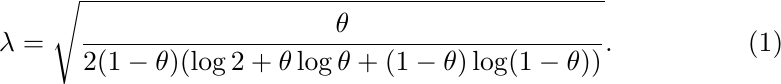
\begin{equation}
\label{thetaha}
\lambda = \sqrt{\frac{\theta}{2(1 - \theta)(\log 2 + \theta \log \theta + (1- \theta) \log(1 - \theta))}}.
\end{equation}